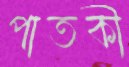
পাতকী